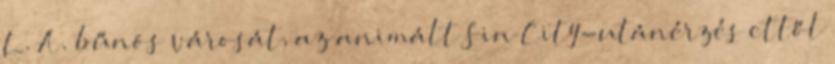
L. A. bűnös városát, az animált Sin City-utánérzés ettől